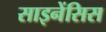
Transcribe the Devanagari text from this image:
साइनेंसिस